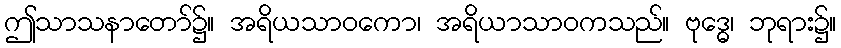
ဤသာသနာတော်၌။ အရိယသာဝကော၊ အရိယာသာဝကသည်။ ဗုဒ္ဓေ၊ ဘုရား၌။